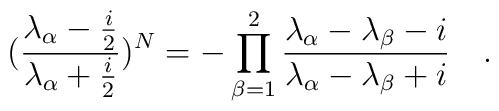
(\frac{\lambda_{\alpha}-\frac{i}{2}}{\lambda_{\alpha}+\frac{i}{2}})^{N}=-\prod_{\beta=1}^{2}\frac{\lambda_{\alpha}-\lambda_{\beta}-i}{ \lambda_{\alpha}-\lambda_{\beta}+i}\quad .